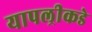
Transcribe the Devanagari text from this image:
यापल्रीकडे